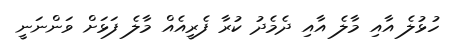
ހުޅުލެ އާއި މާލެ އާއި ދެމެދު ކުރާ ފެރީއެއް މާލެ ފަޅަށް ވަންނަނީ